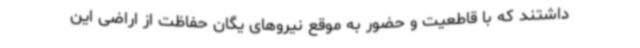
داشتند که با قاطعیت و حضور به موقع نیروهای یگان حفاظت از اراضی این